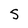
Character: S